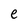
Character: e